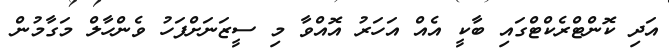
އަދި ކޮންޓްރެކްޓްގައި ބާކީ އެއް އަހަރު އޮއްވާ މި ސީޒަނަށްފަހު ވެންހާލް މަގާމުން